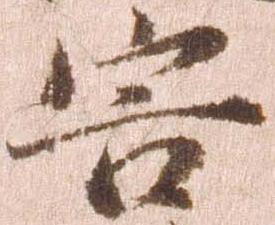
害